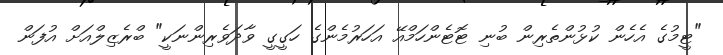
"ޓީމުގެ އެހެން ކުޅުންތެރިން ބުނި ޓޮޓެންހަމްއޭ އަހަރުމެންގެ ހަގީގީ ވާދަވެރިންނަކީ" ބްރެޒިލްއަށް އުފަން